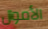
الأموال